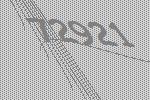
72921